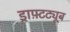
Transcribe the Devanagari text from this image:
ड्राफ़्टट्यूब